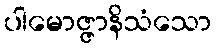
ပါမောဇ္ဇာနိသံသော